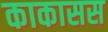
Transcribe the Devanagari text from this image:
काकासस